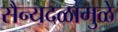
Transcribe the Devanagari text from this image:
सैन्यदळामुळे